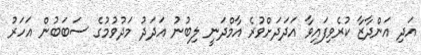
އަދި އަންދާޒާ ކުރެވިފައިވާ އަދަދަށްވުރެ އާމްދަނީ ލިބުނު އަދަދު މަދުވުމުގެ ސަބަބުން އަހަރު